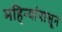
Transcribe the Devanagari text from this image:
महिन्यांपासून